Report on vaccination in Madras 1922-1929 - 1922-1929
Year: 1922
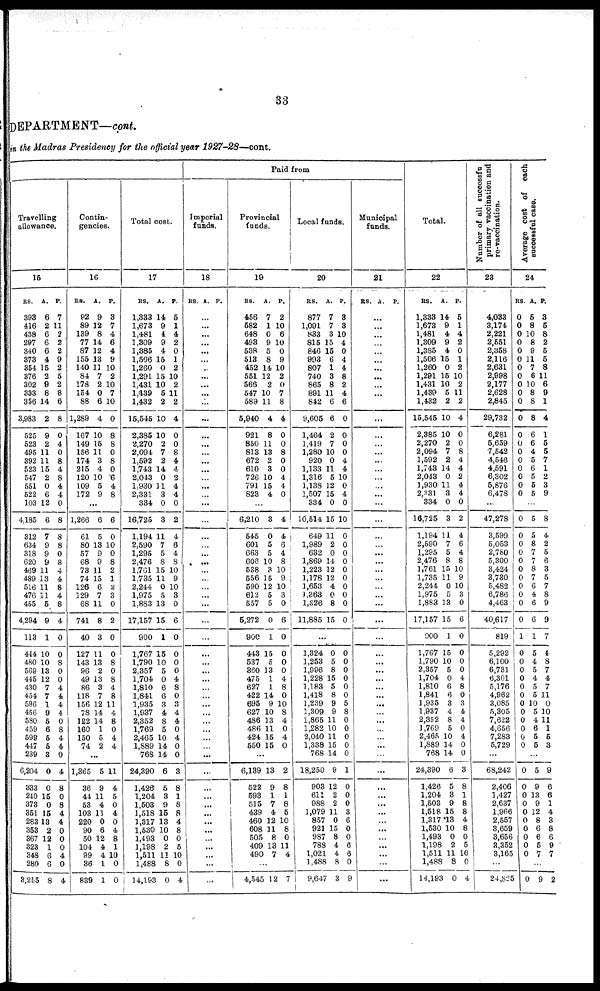
33
DEPARTMENT—cont.
in the Madras Presidency for the official year 1927-28—cont.
Travelling
allowance.
15
RS.
393
416
438
297
340
373
354
376
302
333
356
3,983
525
523
495
392
523
547
551
522
103
4,185
312
634
318
620
469
489
516
476
455
4,294
113
444
480
569
445
430
454
596
456
580
459
599
447
239
6,204
333
240
373
351
283
353
367
323
348
280
3,255
A.
6
2
6
6
6
4
15
2
9
8
14
2
9
2
11
11
15
2
0
6
12
6
7
9
9
9
11
13
11
11
5
9
1
10
10
13
12
7
7
1
9
6
6
5
5
3
0
0
15
0
15
13
2
12
1
6
6
8
P.
7
11
2
2
2
9
2
5
2
8
6
8
0
4
0
8
4
8
4
4
0
8
8
8
0
8
4
4
8
4
8
4
0
0
8
0
0
4
4
4
4
0
8
4
4
0
4
8
0
8
4
4
0
0
0
4
0
4
Contin-
gencies.
16
RS.
92
89
139
77
87
155
140
84
178
154
88
1,289
167
149
156
174
215
120
109
172
A.
9
12
8
14
12
13
11
7
2
0
6
4
10
15
11
3
4
10
5
9
P.
3
7
4
6
4
9
10
2
10
7
10
0
8
8
0
8
0
6
4
8
...
1,266
61
80
57
68
73
74
126
129
68
741
40
127
143
96
49
86
118
156
78
122
160
150
74
6
5
13
9
9
11
15
6
7
11
8
3
11
13
2
13
3
7
12
14
14
1
5
2
6
0
10
0
8
2
1
2
3
0
2
0
0
8
0
8
4
8
11
4
8
0
4
4
...
1,365
36
44
53
103
220
90
50
104
99
36
839
5
9
11
4
11
0
6
12
4
4
1
1
11
4
5
0
4
0
4
8
1
10
0
0
Total cost.
17
RS.
1,333
1,673
1,481
1,309
1,385
1,506
1,260
1,291
1,431
1,439
1,432
15,545
2,385
2,270
2,094
1,592
1,743
2,043
1,930
2,331
334
16,725
1,194
2,590
1,295
2,476
1,761
1,735
2,244
1,975
1,883
17,157
900
1,767
1,790
2,357
1,704
1,810
1,841
1,935
1,937
2,352
1,769
2,465
1,889
768
24,390
1,426
1,204
1,503
1,518
1,317
1,530
1,493
1,198
1,511
1,488
14,193
A.
14
9
4
9
4
15
0
15
10
5
2
10
10
2
7
2
14
0
11
3
0
3
11
7
5
8
15
11
0
5
13
15
1
15
10
5
0
6
6
3
4
8
5
10
14
14
6
5
3
9
15
13
10
0
2
11
8
0
P.
5
1
4
2
0
1
2
10
2
11
2
4
0
0
8
4
4
2
4
4
0
2
4
6
4
8
10
9
10
3
0
6
0
0
0
0
4
8
0
3
4
4
0
4
0
0
3
8
1
8
8
4
8
0
5
10
0
4
Paid from
Imperial
funds.
18
RS A. P.
...
...
...
...
...
...
...
...
...
...
...
...
...
...
...
...
...
...
...
...
...
...
...
...
...
...
...
...
...
...
...
...
...
...
...
...
...
...
...
...
...
...
...
...
...
...
...
...
...
...
...
...
...
...
...
...
...
...
Provincial
funds.
19
RS.
456
582
648
493
538
513
452
551
566
547
589
5,940
921
850
813
672
610
726
791
823
A.
7
1
0
9
5
8
14
12
2
10
11
4
8
11
13
2
3
10
15
4
P.
2
10
6
10
0
9
10
2
0
7
8
4
0
0
8
0
0
4
4
0
...
6,210
545
601
663
606
538
556
590
612
557
5,272
900
443
537
360
475
627
422
695
627
486
486
424
550
3
0
5
5
10
3
15
12
5
5
0
1
15
5
13
1
1
14
9
10
13
11
15
15
4
4
6
4
8
10
9
10
3
0
6
0
0
0
0
4
8
0
10
8
4
0
4
0
...
6,139
522
593
515
439
460
608
505
409
490
13
9
1
7
4
12
11
8
13
7
2
8
1
8
5
10
8
0
11
4
...
4,545 12 7
Local funds.
20
RS.
877
1,091
833
815
846
993
807
740
865
891
842
9,605
1,464
1,419
1,280
920
1,133
1,316
1,138
1,507
334
10,514
649
1,989
632
1,869
1,223
1,178
1,653
1,363
1,326
11,885
A.
7
7
3
15
15
6
1
3
8
11
6
6
2
7
10
0
11
5
12
15
0
15
11
2
0
14
12
12
4
0
8
15
P.
3
3
10
4
0
4
4
8
2
4
6
0
0
0
0
4
4
10
0
4
0
10
0
0
0
0
0
0
0
0
0
0
...
1,324
1,253
1,996
1,228
1,183
1,418
1,239
1,309
1,865
1,282
2,040
1,338
768
18,250
903
611
988
1,079
857
921
987
788
1,021
1,488
9,647
0
5
8
15
5
8
9
9
11
10
11
15
14
9
12
2
2
11
0
15
8
4
4
8
3
0
0
0
0
0
0
5
8
0
0
0
0
0
1
0
0
0
3
6
0
0
6
6
0
9
Municipal
funds.
21
RS. A. P.
...
...
...
...
...
...
...
...
...
...
...
...
...
...
...
...
...
...
...
...
...
...
...
...
...
...
...
...
...
...
...
...
...
...
...
...
...
...
...
...
...
...
...
...
...
...
...
...
...
...
...
...
...
...
...
...
...
...
Total.
22
RS.
1,333
1,673
1,481
1,309
1,385
1,506
1,260
1,291
1,431
1,439
1,432
15,545
2,385
2,270
2,094
1,592
1,743
2,043
1,930
2,331
334
16,725
1,194
2,590
1,295
2,476
1,761
1,735
2,244
1,975
1,883
17,157
900
1,767
1,790
2,357
1,704
1,810
1,841
1,935
1,937
2,352
1,769
2,465
1,889
768
24,390
1,426
1,204
1,503
1,518
1,317
1,530
1,493
1,198
1,511
1,488
14,193
A.
14
9
4
9
4
15
0
15
10
5
2
10
10
2
7
2
14
0
11
3
0
3
11
7
5
8
15
11
0
5
13
15
1
15
10
5
0
6
6
3
4
8
5
10
14
14
6
5
3
9
15
13
10
0
2
11
8
0
P.
5
1
4
2
0
1
2
10
2
11
2
4
0
0
8
4
4
2
4
4
0
2
4
6
4
8
10
9
10
3
0
6
0
0
0
0
4
8
0
3
4
4
0
4
0
0
3
8
1
8
8
4
8
0
5
16
0
4
Number of all successful
primary vaccination and
re-vaccination.
23
4,033
3,174
2,221
2,551
2,358
2,116
2,631
2,998
2,177
2,628
2,845
29,732
6,281
5,659
7,542
4,546
4,591
6,302
5,876
6,478
...
47,278
3,599
5,053
2,780
5,300
3,424
3,730
5,482
6,786
4,463
40,617
819
5,292
6,100
6,731
6,301
5,176
4,962
3,085
5,305
7,622
4,656
7,283
5,729
...
68,242
2,406
1,427
2,637
1,966
2,557
3,659
3,656
3,352
3,165
...
24,825
Average cost of each
successful case.
24
RS.
0
0
0
0
0
0
0
0
0
0
0
0
0
0
0
0
0
0
0
0
A.
5
8
10
8
9
11
7
6
10
8
8
8
6
6
4
5
6
5
5
5
P.
3
5
8
2
5
5
8
11
6
9
1
4
1
5
5
7
1
2
3
9
...
0
0
0
0
0
0
0
0
0
0
0
1
0
0
0
0
0
0
0
0
0
0
0
0
5
5
8
7
7
8
7
6
4
6
6
1
5
4
5
4
5
5
10
5
4
6
5
5
8
4
2
5
6
3
5
7
8
9
9
7
4
8
7
4
7
11
0
10
11
1
5
3
...
0
0
0
0
0
0
0
0
0
0
5
9
13
9
12
8
6
6
5
7
9
6
6
1
4
3
8
6
9
7
...
0 9 2